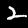
Digit: 2